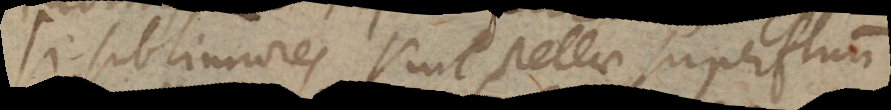
Si sublimiores sunt stellae superfluum